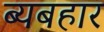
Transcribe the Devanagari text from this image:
ब्यबहार